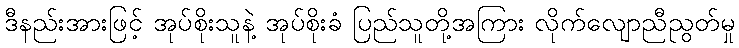
ဒီနည်းအားဖြင့် အုပ်စိုးသူနဲ့ အုပ်စိုးခံ ပြည်သူတို့အကြား လိုက်လျောညီညွတ်မှု